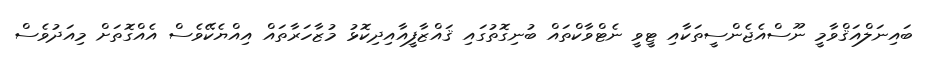
ބައިނަލްއަޤްވާމީ ނޫސްއެޖެންސީތަކާއި ޓީވީ ނެޓްވާކްތައް ބުނިގޮތުގައި ޤައްޒާފީއާއިދިކޮޅު މުޒާހަރާތައް އިއްޔެކޭވެސް އެއްގޮތަށް މިއަދުވެސް